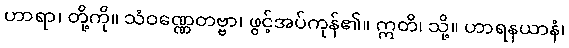
ဟာရာ၊ တို့ကို။ သံဝဏ္ဏေတဗ္ဗာ၊ ဖွင့်အပ်ကုန်၏။ ဣတိ၊ သို့။ ဟာရနယာနံ၊